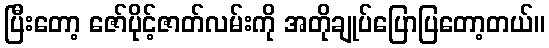
ပြီးတော့ ဇော်ပိုင့်ဇာတ်လမ်းကို အတိုချုပ်ပြောပြတော့တယ်။